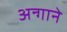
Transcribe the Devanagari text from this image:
अन्गाने